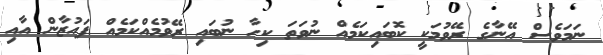
ނަމަވެސް އޭނާގެ ރޭވުމަކީ ކޮބައިކަމެއް ނުވަތަ ކިހާ ނުބައި ރޭވުމެއްކަމެއް ފައުޒާން އާއި